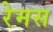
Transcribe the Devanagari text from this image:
रेमस